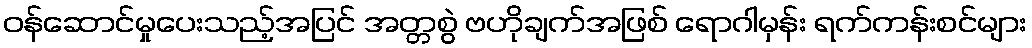
ဝန်ဆောင်မှုပေးသည့်အပြင် အတ္တစွဲ ဗဟိုချက်အဖြစ် ရောဂါမှန်း ရက်ကန်းစင်များ